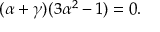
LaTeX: ( \alpha + \gamma ) ( 3 \alpha ^ { 2 } - 1 ) = 0 .